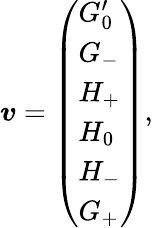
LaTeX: \boldsymbol{v}=\left(\begin{array}{l}{G_{0}^{\prime}}\\ {G_{-}}\\ {H_{+}}\\ {H_{0}}\\ {H_{-}}\\ {G_{+}}\end{array}\right),